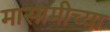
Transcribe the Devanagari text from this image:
मासामीच्या